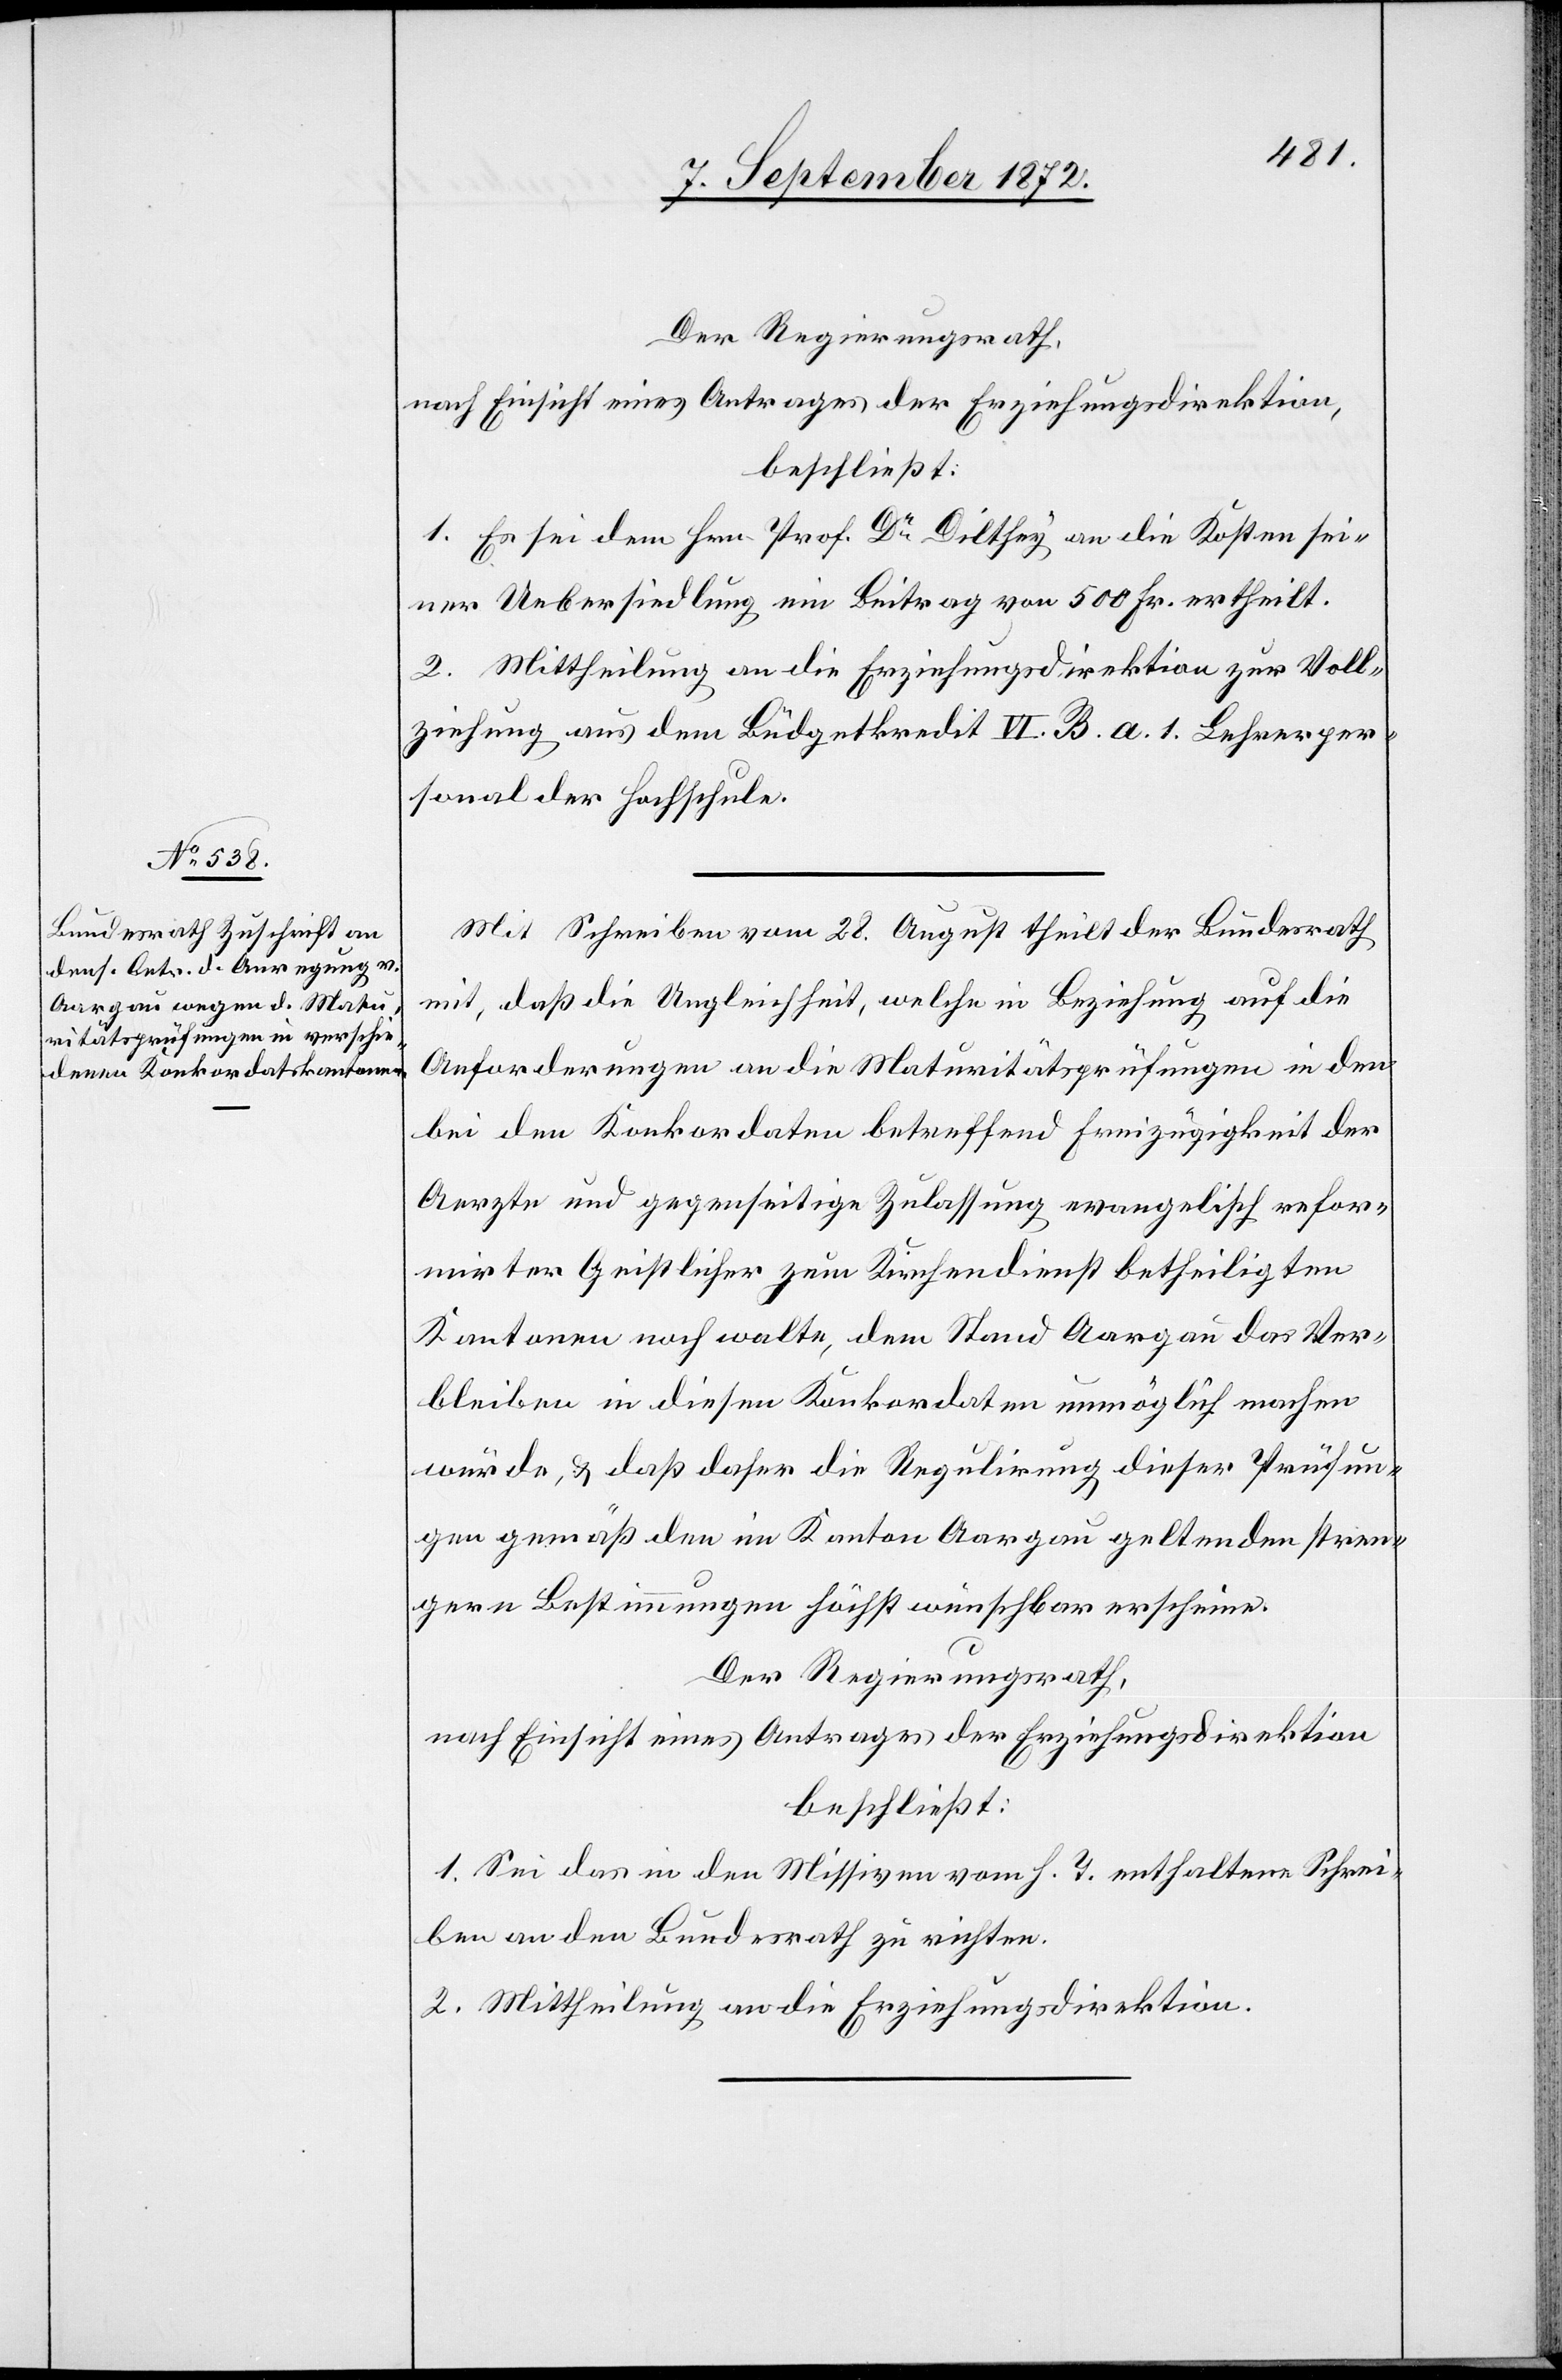
Der Regierungsrath,
nach Einsicht eines Antrages der Erziehungsdirektion,
beschließt:
1. Es sei dem Hrn. Prof. Dr Dilthey an die Kosten sei¬
ner Uebersiedlung ein Beitrag von 500 Fr. ertheilt.
2. Mittheilung an die Erziehungsdirektion zur Voll¬
ziehung aus dem Büdgetkredit VI. B. a. 1. Lehrerper¬
sonal der Hochschule.
Mit Schreiben vom 28. August theilt der Bundesrath
mit, daß die Ungleichheit, welche in Beziehung auf die
Anforderungen an die Maturitätsprüfungen in den
beiden Konkordaten betreffend Freizügigkeit der
Aerzte und gegenseitige Zulassung evangelisch refor¬
mirter Geistlicher zum Kirchendienst betheiligten
Kantonen noch walte, dem Stand Aargau das Ver¬
bleiben in diesen Konkordaten unmöglich machen
würde, u. daß daher die Regulirung dieser Prüfun¬
gen gemäß den im Kanton Aargau geltenden stren¬
gern Bestimmungen höchst wünschbar erscheine.
Der Regierungsrath,
nach Einsicht eines Antrages der Erziehungsdirektion,
beschließt:
1. Sei das in den Missiven vom h. T. enthaltene Schrei¬
ben an den Bundesrath zu richten.
2. Mittheilung an die Erziehungsdirektion.